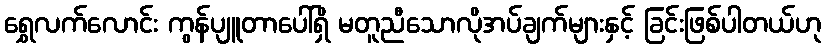
ရွှေလက်လောင်း ကွန်ပျူတာပေါ်ရှိ မတူညီသောလိုအပ်ချက်များနှင့် ခြင်းဖြစ်ပါတယ်ဟု